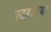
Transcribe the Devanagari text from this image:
पटहटिया